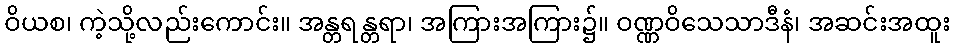
ဝိယစ၊ ကဲ့သို့လည်းကောင်း။ အန္တရန္တရာ၊ အကြားအကြား၌။ ဝဏ္ဏဝိသေသာဒီနံ၊ အဆင်းအထူး